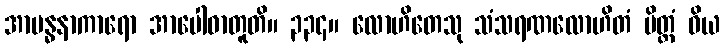
အာဗန္ဓနာကာရော အာပေါဓာတူတိ။ ၃၃၄။ လောဟိတေသု သံသရဏလောဟိတံ ပိတ္တံ ဝိယ